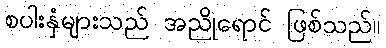
စပါးနှံများသည် အညိုရောင် ဖြစ်သည်။